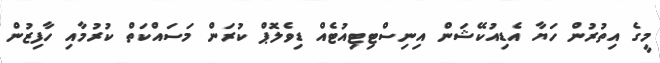
މީގެ އިތުރުން ހަޔާ އެޑިއުކޭޝަން އިނިސްޓިޓިއުޓެއް ޑިވެލޮޕް ކުރަން މަސައްކަތް ކުރުމާއި ހާފިޒުން